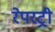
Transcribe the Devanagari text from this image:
रेपरट्री